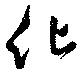
化